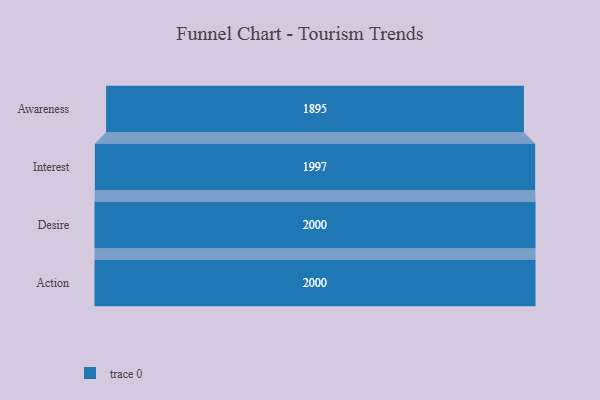
{"axis": {"x": "Stage", "y": "Value"}, "legend": [""], "data": [{"x": "Awareness", "y": 1895.0, "type": ""}, {"x": "Interest", "y": 1997.0, "type": ""}, {"x": "Desire", "y": 2000, "type": ""}, {"x": "Action", "y": 2000, "type": ""}]}